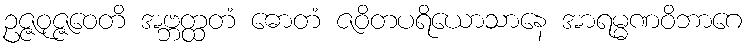
ဥဇ္ဇဝုဇ္ဇဝေတိ အဗ္ဘတ္ထတံ ဓောတံ ဇဝိတပရိယောသာနေ အာရမ္မဏဝိဘာဂေ